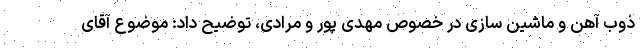
ذوب آهن و ماشین سازی در خصوص مهدی پور و مرادی، توضیح داد: موضوع آقای